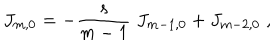
LaTeX: J _ { m , 0 } = - \frac { s } { m - 1 } \; J _ { m - 1 , 0 } + J _ { m - 2 , 0 } \; ,